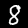
Label: 8